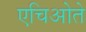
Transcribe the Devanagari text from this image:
एचिओते